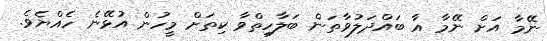
ނޭމާ އަށް ނޭމާ އާ ބައްދަލުވާތަން ބަލާހިތްވާ ކިތަށް މީހުން އުޅޭނެ ހެއްޔެވެ.